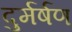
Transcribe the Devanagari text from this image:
दुर्मर्षण